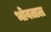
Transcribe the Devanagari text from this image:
भोवताल